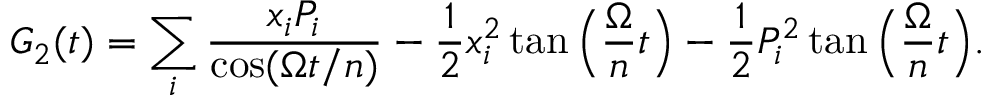
G _ { 2 } ( t ) = \sum _ { i } \frac { x _ { i } P _ { i } } { \cos ( \Omega t / n ) } - \frac { 1 } { 2 } x _ { i } ^ { 2 } \tan \Big ( \frac { \Omega } { n } t \Big ) - \frac { 1 } { 2 } P _ { i } ^ { 2 } \tan \Big ( \frac { \Omega } { n } t \Big ) .